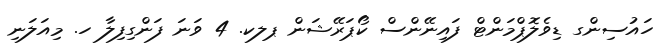
ހައުސިންގ ޑިވެލޮޕްމަންޓް ފައިނޭންސް ކޯޕަރޭޝަން ޕލކ. 4 ވަނަ ފަންގިފިލާ ހ. މިއަލަނި